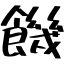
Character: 饑